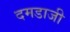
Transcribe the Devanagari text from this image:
दमडाजी